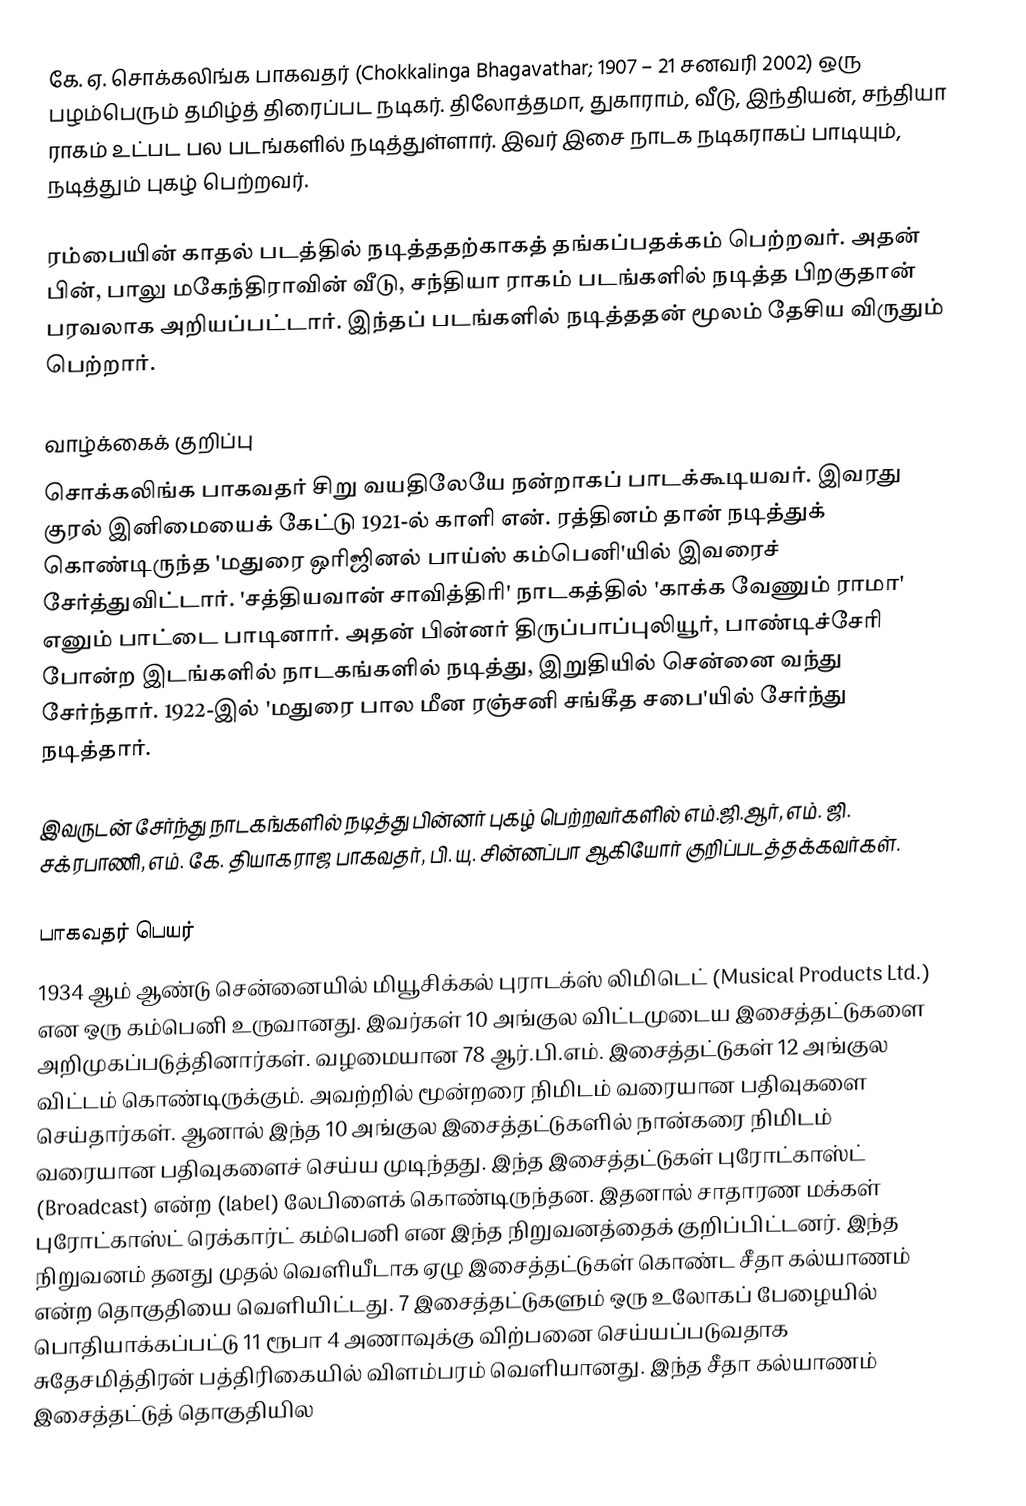
கே. ஏ. சொக்கலிங்க பாகவதர் (Chokkalinga Bhagavathar; 1907 – 21 சனவரி 2002) ஒரு பழம்பெரும் தமிழ்த் திரைப்பட நடிகர். திலோத்தமா, துகாராம், வீடு, இந்தியன், சந்தியா ராகம் உட்பட பல படங்களில் நடித்துள்ளார். இவர் இசை நாடக நடிகராகப் பாடியும், நடித்தும் புகழ் பெற்றவர்.

ரம்பையின் காதல் படத்தில் நடித்ததற்காகத் தங்கப்பதக்கம் பெற்றவர். அதன் பின், பாலு மகேந்திராவின் வீடு, சந்தியா ராகம் படங்களில் நடித்த பிறகுதான் பரவலாக அறியப்பட்டார். இந்தப் படங்களில் நடித்ததன் மூலம் தேசிய விருதும் பெற்றார்.

வாழ்க்கைக் குறிப்பு
சொக்கலிங்க பாகவதர் சிறு வயதிலேயே நன்றாகப் பாடக்கூடியவர். இவரது குரல் இனிமையைக் கேட்டு 1921-ல் காளி என். ரத்தினம் தான் நடித்துக் கொண்டிருந்த 'மதுரை ஒரிஜினல் பாய்ஸ் கம்பெனி'யில் இவரைச் சேர்த்துவிட்டார். 'சத்தியவான் சாவித்திரி' நாடகத்தில் 'காக்க வேணும் ராமா' எனும் பாட்டை பாடினார். அதன் பின்னர் திருப்பாப்புலியூர், பாண்டிச்சேரி போன்ற இடங்களில் நாடகங்களில் நடித்து, இறுதியில் சென்னை வந்து சேர்ந்தார். 1922-இல் 'மதுரை பால மீன ரஞ்சனி சங்கீத சபை'யில் சேர்ந்து நடித்தார்.

இவருடன் சேர்ந்து நாடகங்களில் நடித்து பின்னர் புகழ் பெற்றவர்களில் எம்.ஜி.ஆர், எம். ஜி. சக்ரபாணி, எம். கே. தியாகராஜ பாகவதர், பி. யு. சின்னப்பா ஆகியோர் குறிப்படத்தக்கவர்கள்.

பாகவதர் பெயர்
1934 ஆம் ஆண்டு சென்னையில் மியூசிக்கல் புராடக்ஸ் லிமிடெட் (Musical Products Ltd.) என ஒரு கம்பெனி உருவானது. இவர்கள் 10 அங்குல விட்டமுடைய இசைத்தட்டுகளை அறிமுகப்படுத்தினார்கள். வழமையான 78 ஆர்.பி.எம். இசைத்தட்டுகள் 12 அங்குல விட்டம் கொண்டிருக்கும். அவற்றில் மூன்றரை நிமிடம் வரையான பதிவுகளை செய்தார்கள். ஆனால் இந்த 10 அங்குல இசைத்தட்டுகளில் நான்கரை நிமிடம் வரையான பதிவுகளைச் செய்ய முடிந்தது. இந்த இசைத்தட்டுகள் புரோட்காஸ்ட் (Broadcast) என்ற (label) லேபிளைக் கொண்டிருந்தன. இதனால் சாதாரண மக்கள் புரோட்காஸ்ட் ரெக்கார்ட் கம்பெனி என இந்த நிறுவனத்தைக் குறிப்பிட்டனர். இந்த நிறுவனம் தனது முதல் வெளியீடாக ஏழு இசைத்தட்டுகள் கொண்ட சீதா கல்யாணம் என்ற தொகுதியை வெளியிட்டது. 7 இசைத்தட்டுகளும் ஒரு உலோகப் பேழையில் பொதியாக்கப்பட்டு 11 ரூபா 4 அணாவுக்கு விற்பனை செய்யப்படுவதாக சுதேசமித்திரன் பத்திரிகையில் விளம்பரம் வெளியானது. இந்த சீதா கல்யாணம் இசைத்தட்டுத் தொகுதியில